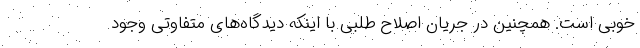
خوبی است. همچنین در جریان اصلاح طلبی با اینکه دیدگاه‌های متفاوتی وجود